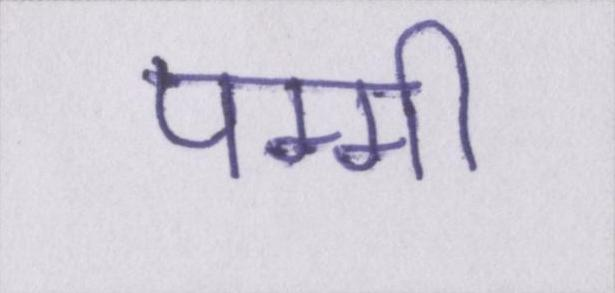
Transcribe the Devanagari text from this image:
पम्मी